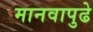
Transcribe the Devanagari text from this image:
मानवापुढे